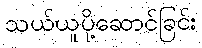
သယ်ယူပို့ဆောင်ခြင်း